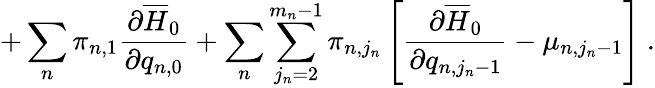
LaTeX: +\sum_{n}\pi_{n,1}\frac{\partial\overline{{{H}}}_{0}}{\partial q_{n,0}}+\sum_{n}\sum_{j_{n}=2}^{m_{n}-1}\pi_{n,j_{n}}\left[\frac{\partial\overline{{{H}}}_{0}}{\partial q_{n,j_{n}-1}}-\mu_{n,j_{n}-1}\right]\ .